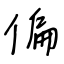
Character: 偏